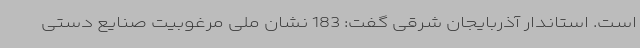
است. استاندار آذربایجان شرقی گفت: 183 نشان ملی مرغوبیت صنایع‌ دستی